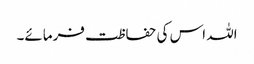
اللہ اس کی حفاظت فرمائے۔